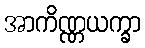
အာကိဏ္ဏယက္ခာ